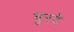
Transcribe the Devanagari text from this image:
भुरटे